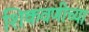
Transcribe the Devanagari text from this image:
शिकवणीच्या